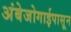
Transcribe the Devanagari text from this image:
अंबेजोगाईपासून